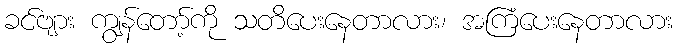
ခင်ဗျား ကျွန်တော့်ကို သတိပေးနေတာလား၊ အကြံပေးနေတာလား